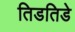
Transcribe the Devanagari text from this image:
तिडतिडे